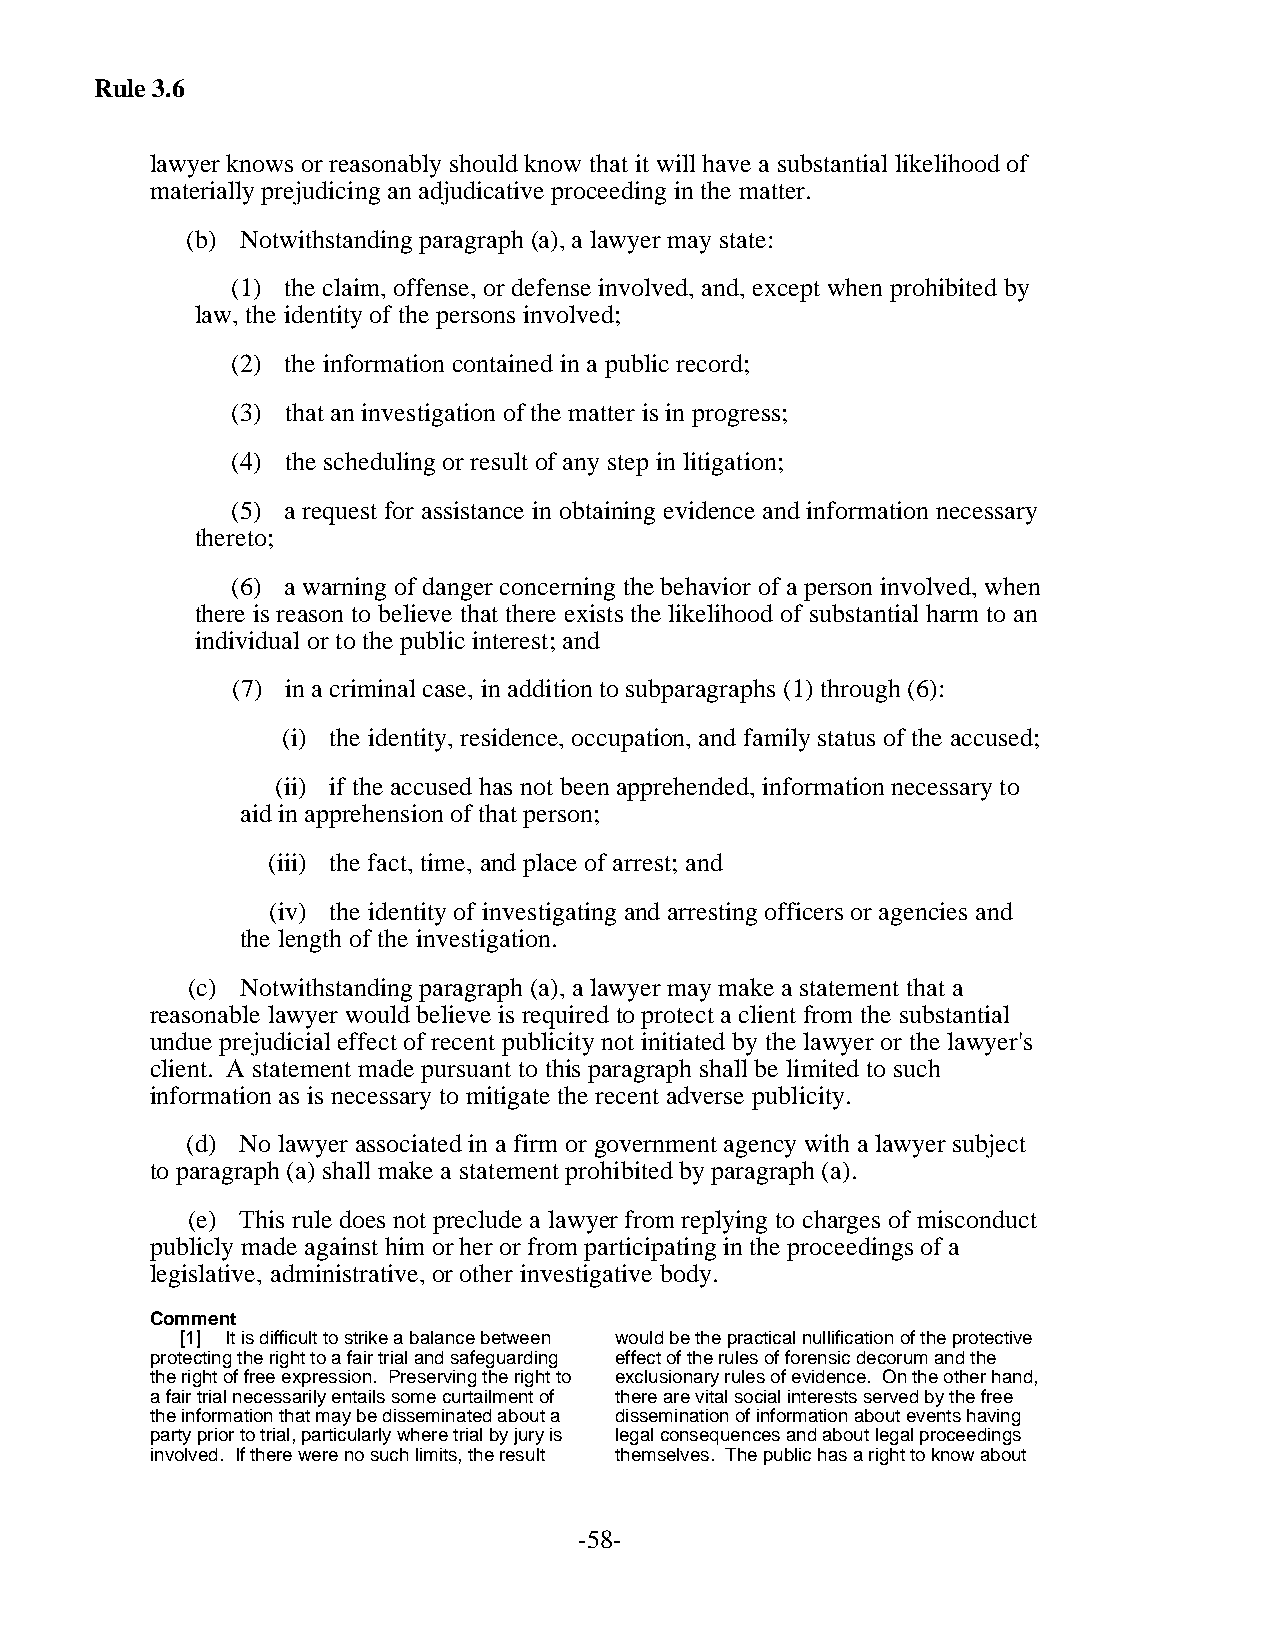
Rule 3.6
 lawyer knows or reasonably should know that it will have a substantial likelihood of
 materially prejudicing an adjudicative proceeding in the matter.
 (b) Notwithstanding paragraph (a), a lawyer may state:
 (1) the claim, offense, or defense involved, and, except when prohibited by
 law, the identity of the persons involved;
 (2) the information contained in a public record;
 (3) that an investigation of the matter is in progress;
 (4) the scheduling or result of any step in litigation;
 (5) a request for assistance in obtaining evidence and information necessary
 thereto;
 (6) a warning of danger concerning the behavior of a person involved, when
 there is reason to believe that there exists the likelihood of substantial harm to an
 individual or to the public interest; and
 (7) in a criminal case, in addition to subparagraphs (1) through (6):
 (i) the identity, residence, occupation, and family status of the accused;
 (ii) if the accused has not been apprehended, information necessary to
 aid in apprehension of that person;
 (iii) the fact, time, and place of arrest; and
 (iv) the identity of investigating and arresting officers or agencies and
 the length of the investigation.
 (c) Notwithstanding paragraph (a), a lawyer may make a statement that a
 reasonable lawyer would believe is required to protect a client from the substantial
 undue prejudicial effect of recent publicity not initiated by the lawyer or the lawyer's
 client. A statement made pursuant to this paragraph shall be limited to such
 information as is necessary to mitigate the recent adverse publicity.
 (d) No lawyer associated in a firm or government agency with a lawyer subject
 to paragraph (a) shall make a statement prohibited by paragraph (a).
 (e) This rule does not preclude a lawyer from replying to charges of misconduct
 publicly made against him or her or from participating in the proceedings of a
 legislative, administrative, or other investigative body.
 Comment
 [1] It is difficult to strike a balance between would be the practical nullification of the protective
 protecting the right to a fair trial and safeguarding effect of the rules of forensic decorum and the
 the right of free expression. Preserving the right to exclusionary rules of evidence. On the other hand,
 a fair trial necessarily entails some curtailment of there are vital social interests served by the free
 the information that may be disseminated about a dissemination of information about events having
 party prior to trial, particularly where trial by jury is legal consequences and about legal proceedings
 involved. If there were no such limits, the result themselves. The public has a right to know about
 -58-